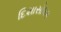
દિશાસોધક